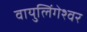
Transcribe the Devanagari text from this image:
वायुलिंगेश्वर